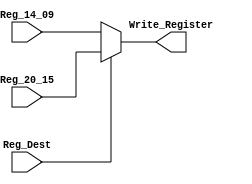
module Mux_Reg_Dst (Reg_20_15, Reg_14_09, Reg_Dest, Write_Register);

input [5:0] Reg_20_15;// bits 20 a 15 da instruo
input [5:0] Reg_14_09; // bits 14 a 9 da instruo
input Reg_Dest; // Esse mux  controlado por esse sinal de controle
output reg [5:0]  Write_Register;

always @(*) begin
	if(Reg_Dest)
		begin
			Write_Register = Reg_20_15;
		end
	else
		begin
			Write_Register = Reg_14_09;
		end
end

endmodule